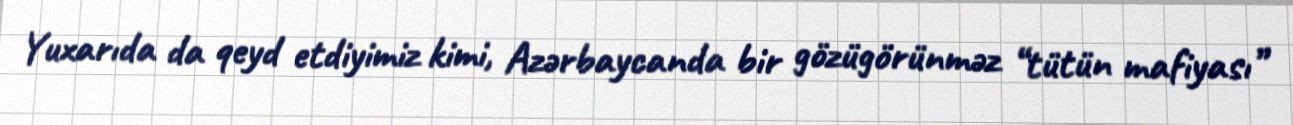
Yuxarıda da qeyd etdiyimiz kimi, Azərbaycanda bir gözügörünməz “tütün mafiyası”